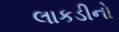
લાકડીનો